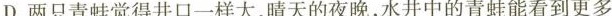
D.两只青蛙觉得井口一样大，晴天的夜晚，水井中的青蛙能看到更多